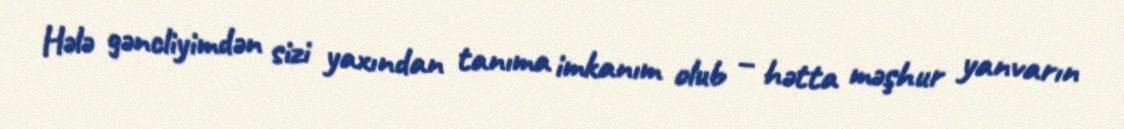
Hələ gəncliyimdən sizi yaxından tanıma imkanım olub – hətta məşhur yanvarın